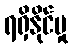
ရရှိနိုင်မှု